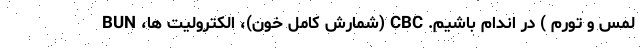
لمس و تورم ) در اندام باشیم. CBC (شمارش کامل خون)، الکترولیت ها، BUN